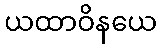
ယထာဝိနယေ